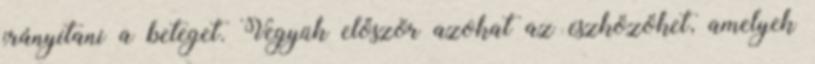
irányítani a beteget. Vegyük először azokat az eszközöket, amelyek